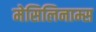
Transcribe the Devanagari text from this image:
मेसिलिनाम्स